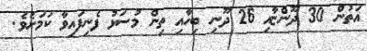
އަތުން 30 ދޫންޏާއި 26 ދޫނި ބިހާއި ތިން މުސަޅު ފެނިފައިވާ ކަމަށެވެ.